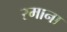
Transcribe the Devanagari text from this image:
रमाना